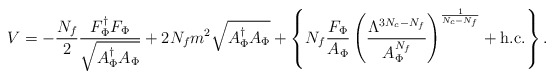
\begin{align*}V = - {{N_f} \over 2} {{F_\Phi^{\dag} F_\Phi} \over \sqrt{A_\Phi^{\dag} A_\Phi}} + 2 N_f m^2 \sqrt{A_\Phi^{\dag} A_\Phi} + \left\{ N_f {{F_\Phi} \over {A_\Phi}} \left( {{\Lambda^{3N_c-N_f}} \over {A_\Phi^{N_f}}} \right)^{1 \over {N_c-N_f}} + {\rm h.c.} \right\}.\end{align*}